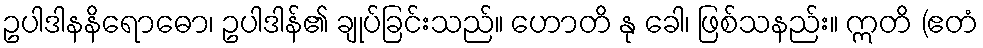
ဥပါဒါနနိရောဓော၊ ဥပါဒါန်၏ ချုပ်ခြင်းသည်။ ဟောတိ နု ခေါ၊ ဖြစ်သနည်း။ ဣတိ (ဧတံ